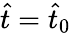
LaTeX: \hat{t}=\hat{t}_{0}